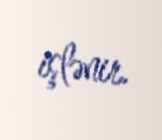
işlənir.